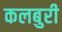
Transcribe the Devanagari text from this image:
कलबुरी